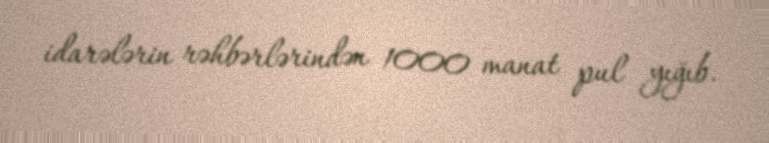
idarələrin rəhbərlərindən 1000 manat pul yığıb.